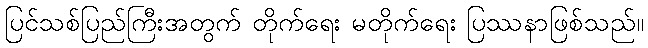
ပြင်သစ်ပြည်ကြီးအတွက် တိုက်ရေး မတိုက်ရေး ပြဿနာဖြစ်သည်။